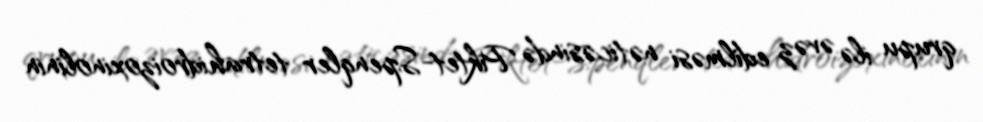
qrupu ilə əvəz edilməsi nəticəsində Piktet-Spenqler tetrahidroizoxinolinin